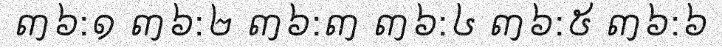
៣៦:១ ៣៦:២ ៣៦:៣ ៣៦:៤ ៣៦:៥ ៣៦:៦